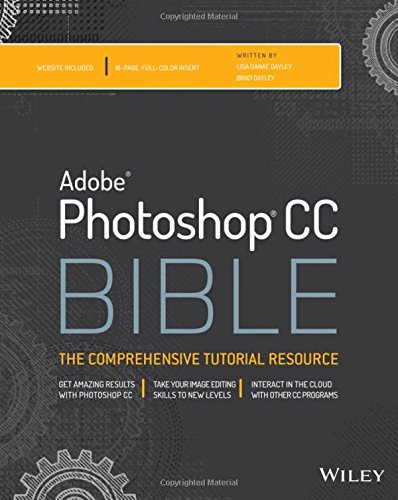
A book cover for Photoshop CC Bible; Lisa DaNae Dayley; Arts & Photography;